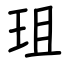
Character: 珇